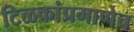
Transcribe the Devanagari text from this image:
टिळकांप्रमाणेच